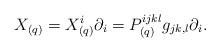
LaTeX: \begin{align*} X_{(q)} = X_{(q)}^i \partial_i = P_{(q)}^{ijkl}g_{jk,l} \partial_i.\end{align*}